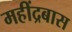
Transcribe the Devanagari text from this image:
महींद्रबास